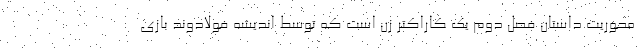
محوریت داستان فصل دوم یک کاراکتر زن است که توسط اندیشه فولادوند بازی